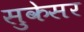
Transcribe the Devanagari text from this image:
सुकेसर